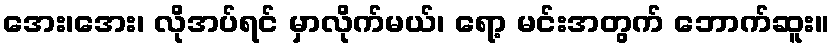
အေး၊အေး၊ လိုအပ်ရင် မှာလိုက်မယ်၊ ရော့ မင်းအတွက် ဘောက်ဆူး။